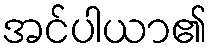
အင်ပါယာ၏